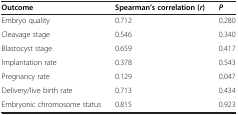
| Outcome | Spearman’s correlation (r) | P |
 | --- | --- | --- |
 | Embryo quality | 0.712 | 0.280 |
 | Cleavage stage | 0.546 | 0.340 |
 | Blastocyst stage | 0.659 | 0.417 |
 | Implantation rate | 0.378 | 0.543 |
 | Pregnancy rate | 0.129 | 0.047 |
 | Delivery/live birth rate | 0.713 | 0.434 |
 | Embryonic chromosome status | 0.815 | 0.923 |